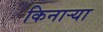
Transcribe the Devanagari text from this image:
किनार्‍या